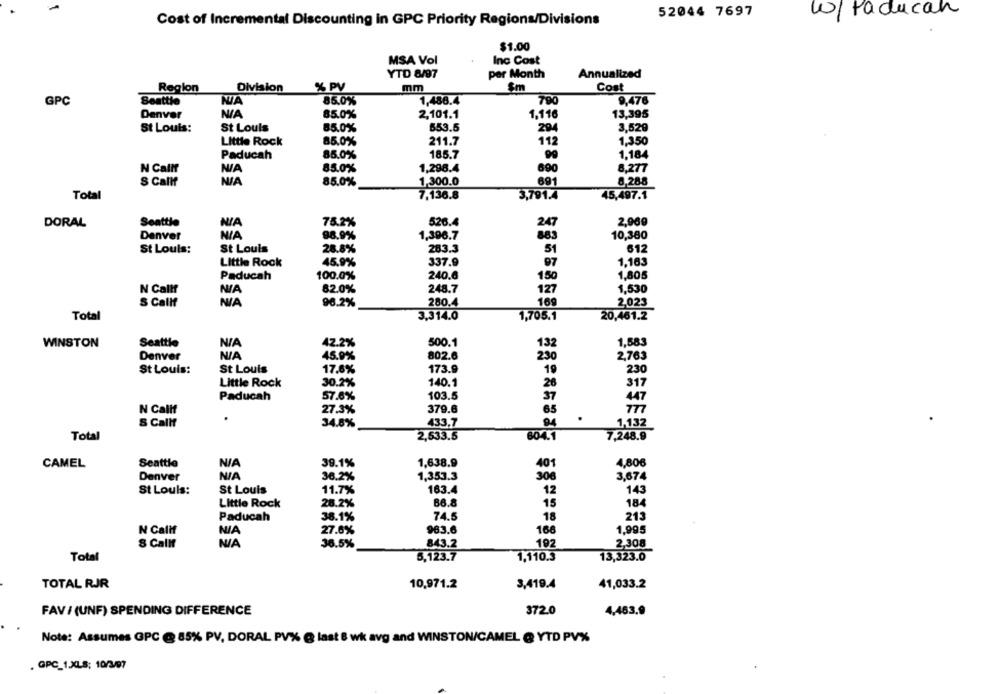
-
52044 7697
w/Paducah
Cost of Incremental Discounting in GPC Priority Regions/Divisions
$1.00
MSA Vol
Inc Cost
YTD 8/97
per Month
Annualized
Region
Division
% PV
mm
$m
Cost
GPC
Seattle
85,0%
1,486.4
790
9,476
Denver
85.0%
2,101.1
1.116
13,395
St Louis:
St Louis
85.0%
553.5
294
3,529
Little Rock
85.0%
211.7
112
1,350
Paducah
85.0%
185.7
1,184
N Callf
85.0%
1,298.4
690
8,277
8,28.8
S Callf
85.0%
1,300.0
691
7,136.8
45,497.1
Total
3,791.4
Seattle
NIA
78.2%
2,969
DORAL
526.4
247
Denver
98.9%
1,396.7
10,380
883
St Louis:
St Louis
28.8%
283.3
51
612
Little Rock
45,9%
337.9
97
1.163
Paducah
100.0%
240.6
150
1,805
N Callf
NIA
62.0%
248.7
127
1,530
S Callf
98.2%
280.4
169
2,023
Total
3,314.0
1,705.1
20,461.2
WINSTON
Seattle
42.2%
500.1
132
1,583
Denver
45.9%
802.6
230
2,763
St Louis
173.9
St Louis:
17.8%
19
230
140.1
Little Rock
30.2%
26
317
57.8%
103.5
37
Paducah
447
N Calif
27.3%
379.6
65
777
.
S Callf
34.8%
433,7
1,132
Total
2,533.5
604.1
7,248.9
CAMEL
Seattle
39.1%
1,638.9
401
4,806
Denver
36.2%
1,353.3
306
3,674
St Louis:
St Louis
11.7%
163.4
12
143
Little Rock
28.2%
86.8
15
184
Paducah
38.1%
74.5
18
213
N Calif
27.6%
963.6
168
1,995
S Callf
36.5%
843.2
192
2,308
Total
5,123.7
1,110.5
13,323.0
TOTAL RJR
10,971.2
3,419.4
41,033.2
4,483,9
FAV / (UNF) SPENDING DIFFERENCE
372.0
Note: Assumes GPC @ 85% PV, DORAL PV% @ last 8 wk avg and WINSTON/CAMEL @ YTD PV%
. GPC_1.XLS; 10/3/97